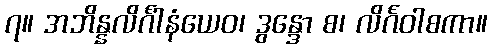
၇။ အဘိန္နလိင်္ဂါနံယေဝ၊ ဒွန္ဒော စ၊ လိင်္ဂဝါစကာ။